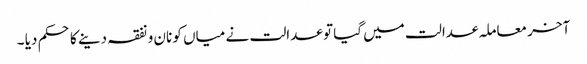
آخر معاملہ عدالت میں گیا تو عدالت نے میاں کو نان و نفقہ دینے کا حکم دیا ۔